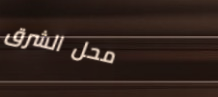
محل الشرق